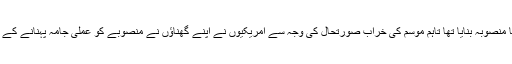
امریکی عسکری حکام نے ہیروشیما پر یکم اگست 1945ء کو ایٹم بم گرانے کا منصوبہ بنایا تھا تاہم موسم کی خراب صورتحال کی وجہ سے امریکیوں نے اپنے گھناؤں نے منصوبے کو عملی جامہ پہنانے کے لیے پانچ دن بعد یعنی 5 اگست کو ہیروشیما پر جوہری بم گرانے کا فیصلہ کیا۔